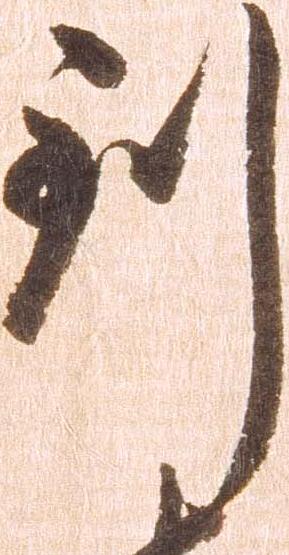
到